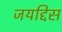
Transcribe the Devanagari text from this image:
जयद्दिस